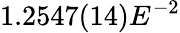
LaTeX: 1.2547(14)E^{-2}